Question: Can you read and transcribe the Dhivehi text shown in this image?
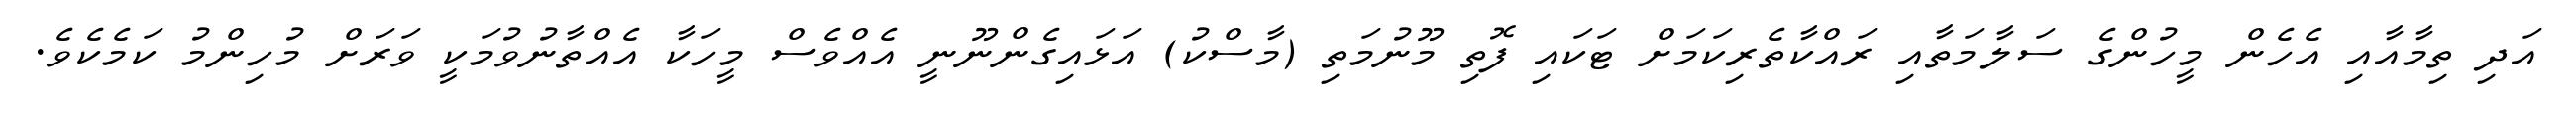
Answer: އަދި ތިމާއާއި އެހެން މީހުންގެ ސަލާމަތާއި ރައްކާތެރިކަމަށް ޓަކައި ފޮތި މޫނުމަތި (މާސްކު) އަޅައިގެންނޫނީ އެއްވެސް މީހަކާ އެއްތާނުވުމަކީ ވަރަށް މުހިންމު ކަމެކެވެ.